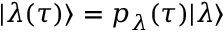
\vert \lambda ( \tau ) \rangle = p _ { \lambda } ( \tau ) \vert \lambda \rangle